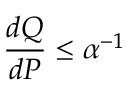
{ \frac { d Q } { d P } } \leq \alpha ^ { - 1 }